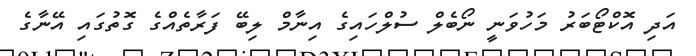
އަދި އޮކްޓޯބަރު މަހުވަނީ ނޯބެލް ސުލްހައިގެ އިނާމް ލިބޭ ފަރާތެއްގެ ގޮތުގައި އޭނާގެ